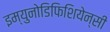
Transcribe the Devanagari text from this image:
इम्युनोडिफिशियेन्सी